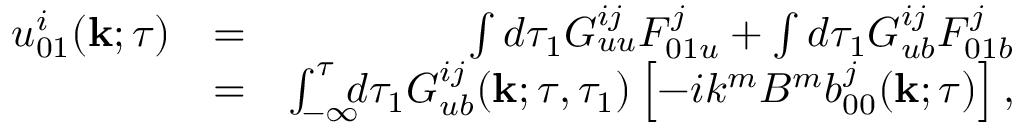
\begin{array} { r l r } { u _ { 0 1 } ^ { i } ( { \bf { k } } ; \tau ) } & { = } & { \int d \tau _ { 1 } G _ { u u } ^ { i j } F _ { 0 1 u } ^ { j } + \int d \tau _ { 1 } G _ { u b } ^ { i j } F _ { 0 1 b } ^ { j } } \\ & { = } & { \int _ { - \infty } ^ { \tau } \! \! \! d \tau _ { 1 } G _ { u b } ^ { i j } ( { \bf { k } } ; \tau , \tau _ { 1 } ) \left[ { - i k ^ { m } B ^ { m } b _ { 0 0 } ^ { j } ( { \bf { k } } ; \tau ) } \right] , } \end{array}